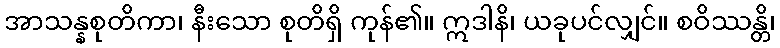
အာသန္နစုတိကာ၊ နီးသော စုတိရှိ ကုန်၏။ ဣဒါနိ၊ ယခုပင်လျှင်။ စဝိဿန္တိ၊